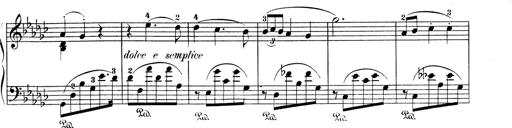
Title: 6 Polish Songs
Composer: Franz Liszt